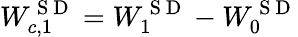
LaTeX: W_{c,1}^{\mathrm{~S~D~}}=W_{1}^{\mathrm{~S~D~}}-W_{0}^{\mathrm{~S~D~}}